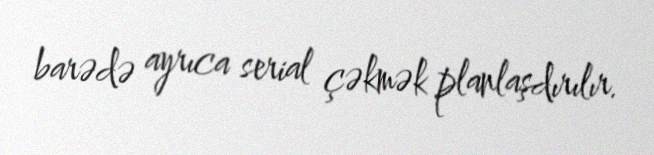
barədə ayrıca serial çəkmək planlaşdırılır.